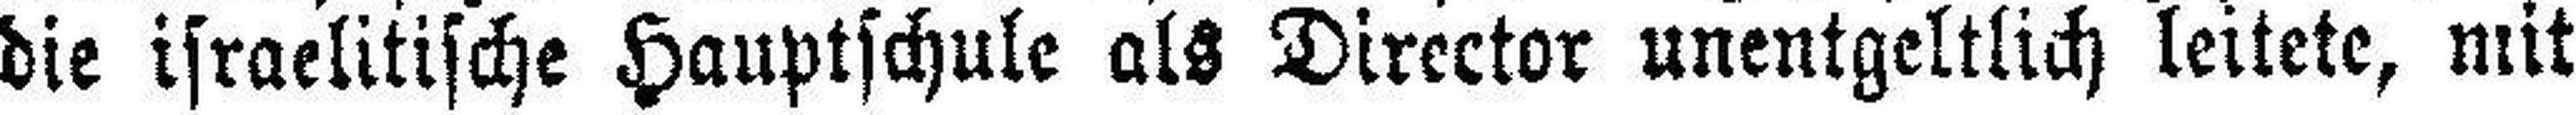
die israelitische Hauptschule als Director unentgeltlich leitete, mit